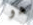
هو